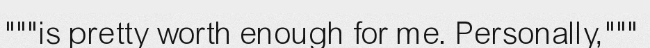
"""is pretty worth enough for me. Personally,"""